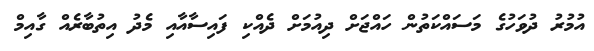
އުމުރު ދުވަހުގެ މަސައްކަތުން ހައްޖަށް ދިއުމަށް ދެއްކި ފައިސާއާއި މެދު އިތުބާރެއް ގާއިމް